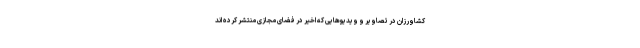
کشاورزان در تصاویر و ویدیوهایی که اخیر در فضای مجازی منتشر کرده اند